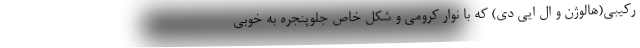
رکیبی(هالوژن و ال ایی دی) که با نوار کرومی و شکل خاص جلوپنجره به خوبی